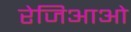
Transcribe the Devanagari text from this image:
रेजिआओ